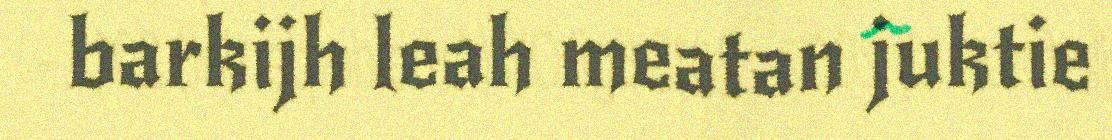
barkijh leah meatan juktie